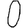
Digit: 0